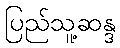
ပြည်သူ့ဆန္ဒ